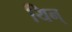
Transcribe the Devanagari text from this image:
यिन्